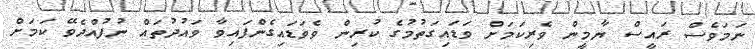
ނަމަވެސް ރައީސް ޔާމީން ވެރިކަމަށް ވަޑައިގަތުމުގެ ކުރިން ވެވަޑައިގެންފައިވާ ވައުދުތައް ނުފުއްދެވޭ ކަމަށް